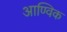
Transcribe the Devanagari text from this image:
आण्‍विक